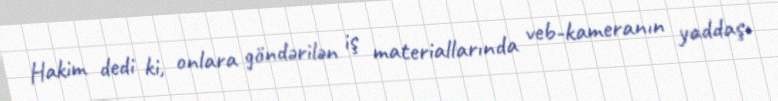
Hakim dedi ki, onlara göndərilən iş materiallarında veb-kameranın yaddaşı